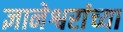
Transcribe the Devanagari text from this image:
ज्ञानेश्वरांंच्या